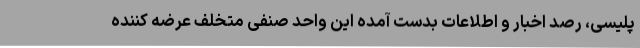
پلیسی، رصد اخبار و اطلاعات بدست آمده این واحد صنفی متخلف عرضه کننده